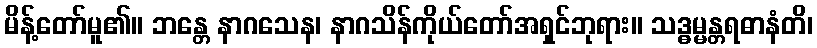
မိန့်တော်မူ၏။ ဘန္တေ နာဂသေန၊ နာဂသိန်ကိုယ်တော်အရှင်ဘုရား။ သဒ္ဓမ္မန္တရဓာနံတိ၊